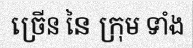
ច្រើន នៃ ក្រុម ទាំង